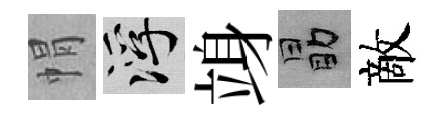
㡌浮竧勗敵